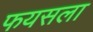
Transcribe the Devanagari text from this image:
फयसला